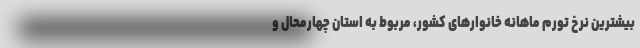
بیشترین نرخ تورم ماهانه خانوارهای کشور، مربوط به استان چهارمحال و